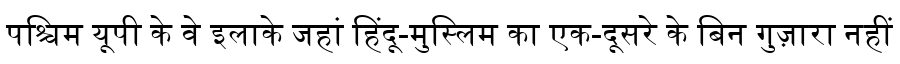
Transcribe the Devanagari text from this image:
पश्चिम यूपी के वे इलाके जहां हिंदू-मुस्लिम का एक-दूसरे के बिन गुज़ारा नहीं